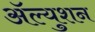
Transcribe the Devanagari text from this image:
ॲल्युशन